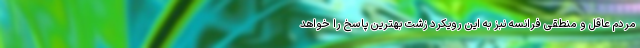
مردم عاقل و منطقی فرانسه نبز به این رویکرد زشت بهترین پاسخ را خواهد